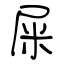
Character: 屎